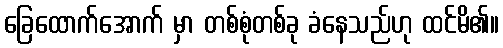
ခြေထောက်အောက် မှာ တစ်စုံတစ်ခု ခံနေသည်ဟု ထင်မိ၏။